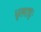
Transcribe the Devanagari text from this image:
धृतराष्ट्रः